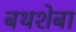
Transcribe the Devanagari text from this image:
बथशेबा